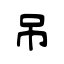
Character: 吊